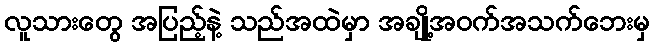
လူသားတွေ အပြည့်နဲ့ သည်အထဲမှာ အချို့အဝက်အသက်ဘေးမှ